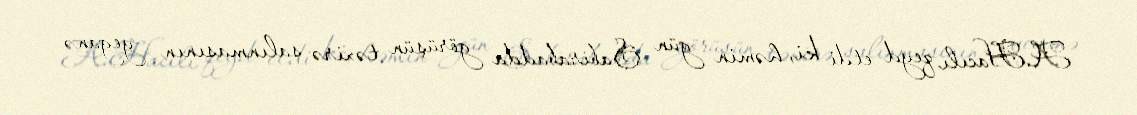
A.Hacılı qeyd etdi ki, həmin gün Sabirabadda görüşün təxirə salınmasının yeganə